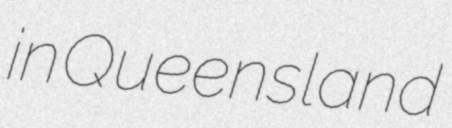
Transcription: in Queensland